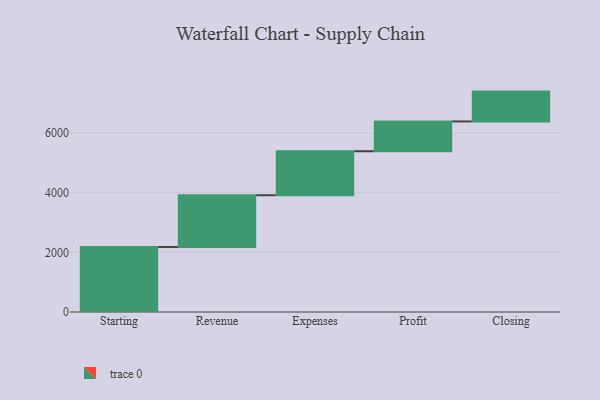
{"axis": {"x": "Step", "y": "Value"}, "legend": [""], "data": [{"x": "Starting", "y": 2180.0, "type": ""}, {"x": "Revenue", "y": 1737.0, "type": ""}, {"x": "Expenses", "y": 1477.0, "type": ""}, {"x": "Profit", "y": 1000, "type": ""}, {"x": "Closing", "y": 1000, "type": ""}]}